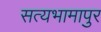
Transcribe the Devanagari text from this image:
सत्यभामापुर